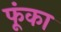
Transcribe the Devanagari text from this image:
फूंका